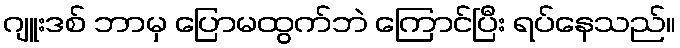
ဂျူးဒစ် ဘာမှ ပြောမထွက်ဘဲ ကြောင်ပြီး ရပ်နေသည်။